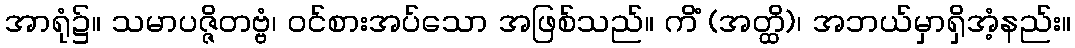
အာရုံ၌။ သမာပဇ္ဇိတဗ္ဗံ၊ ဝင်စားအပ်သော အဖြစ်သည်။ ကိံ (အတ္ထိ)၊ အဘယ်မှာရှိအံ့နည်း။